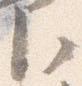
臣